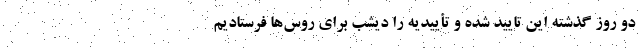
دو روز گذشته این تایید شده و تأییدیه را دیشب برای روس‌ها فرستادیم